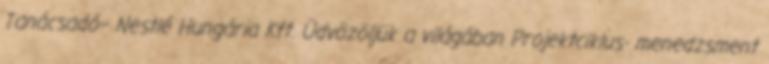
Tanácsadó– Nestlé Hungária Kft. Üdvözöljük a világában Projektciklus- menedzsment